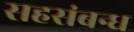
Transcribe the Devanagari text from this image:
सहसंबन्ध